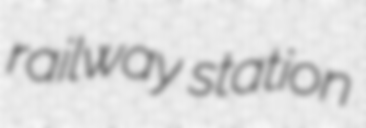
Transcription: railway station